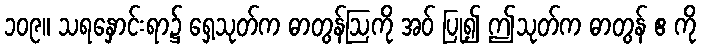
၁၀၉။ သရနှောင်းရာ၌ ရှေ့သုတ်က ဓာတွန်ဩကို အဝ် ပြု၍ ဤသုတ်က ဓာတွန် ဧ ကို